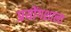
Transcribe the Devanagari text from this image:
प्रयोंगशाला